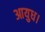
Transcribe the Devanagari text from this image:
आयुध।